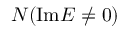
N ( \mathrm { I m } E \neq 0 )